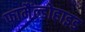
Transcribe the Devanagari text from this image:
फामैंल्डोहाइड